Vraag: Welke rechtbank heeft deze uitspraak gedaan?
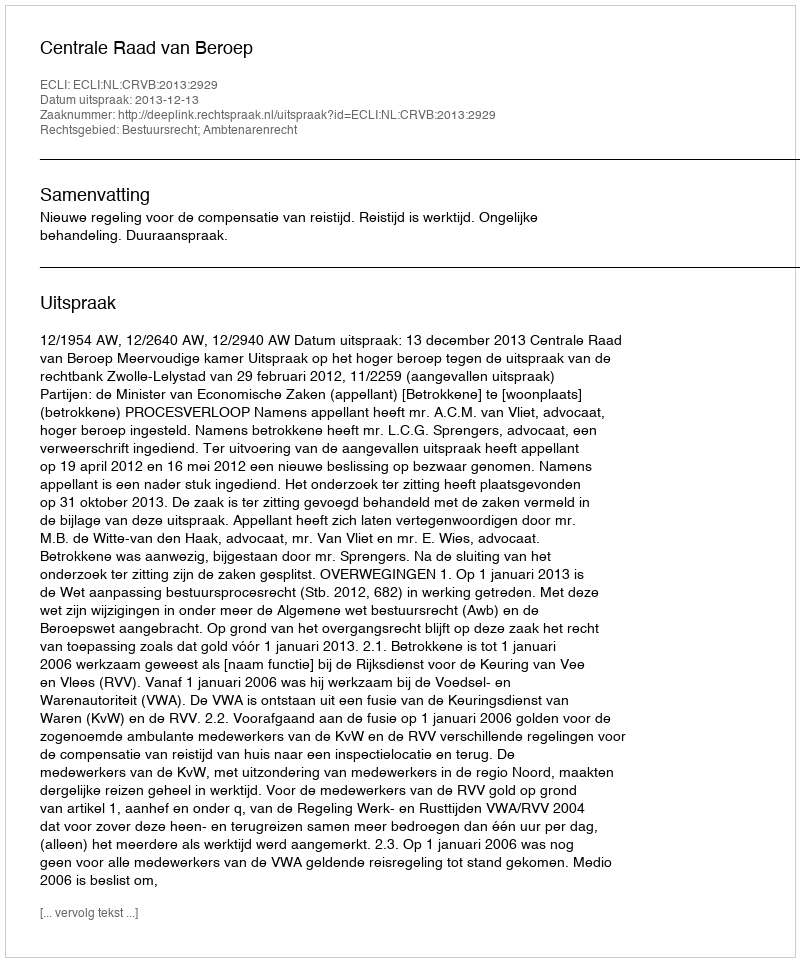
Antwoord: Centrale Raad van Beroep